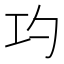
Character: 𭘅